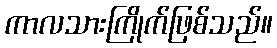
ကာလသားကြိုက်ဖြစ်သည်။